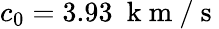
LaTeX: c_{0}=3.93~\mathrm{~k~m~/~s~}